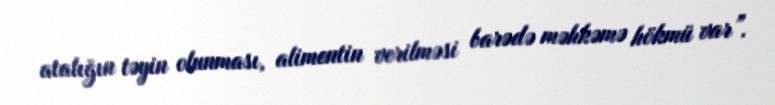
atalığın təyin olunması, alimentin verilməsi barədə məhkəmə hökmü var”.